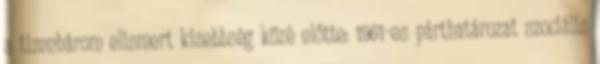
a tizenhárom elismert kisebbség közé előtte: 1961-es párthatározat szociális